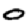
Digit: 0